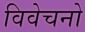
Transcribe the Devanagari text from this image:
विवेचनो